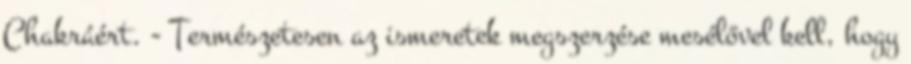
Chakráért. - Természetesen az ismeretek megszerzése mesélővel kell, hogy